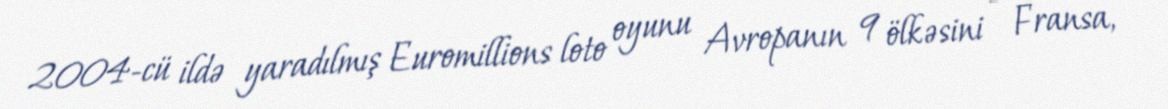
2004-cü ildə yaradılmış Euromillions loto oyunu Avropanın 9 ölkəsini - Fransa,